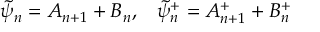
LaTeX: \tilde { \psi } _ { n } = A _ { n + 1 } + B _ { n } , \; \; \; \tilde { \psi } _ { n } ^ { + } = A _ { n + 1 } ^ { + } + B _ { n } ^ { + }